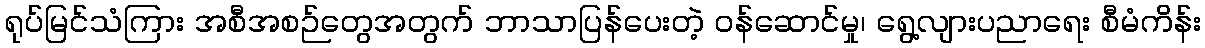
ရုပ်မြင်သံကြား အစီအစဉ်တွေအတွက် ဘာသာပြန်ပေးတဲ့ ဝန်ဆောင်မှု၊ ရွေ့လျားပညာရေး စီမံကိန်း